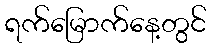
ရက်မြောက်နေ့တွင်